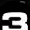
Digit: 3